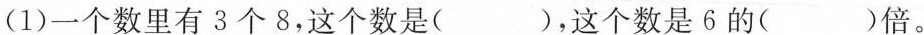
(1)一个数里有3个8，这个数是( )，这个数是6的( )倍。